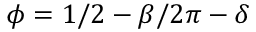
\phi = 1 / 2 - \beta / 2 \pi - \delta